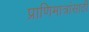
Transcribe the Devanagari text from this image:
प्राणिमात्रांसाठी